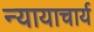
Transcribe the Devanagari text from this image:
न्यायाचार्य